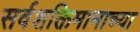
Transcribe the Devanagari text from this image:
सर्वशक्तिमानाच्या